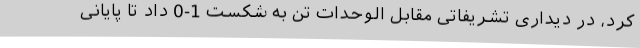
کرد، در دیداری تشریفاتی مقابل الوحدات تن به شکست 1-0 داد تا پایانی